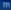
of